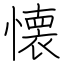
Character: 懐